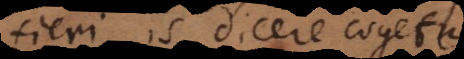
fieri, is dicere cogetur